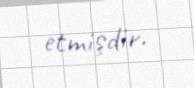
etmişdir.